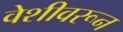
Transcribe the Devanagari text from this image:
वेशीवरून